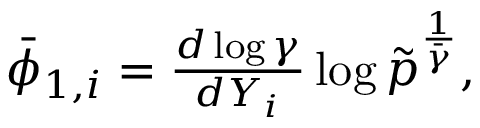
\begin{array} { r } { \bar { \phi } _ { 1 , i } = \frac { d \log \gamma } { d Y _ { i } } \log \tilde { p } ^ { \frac { 1 } { \bar { \gamma } } } , } \end{array}